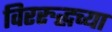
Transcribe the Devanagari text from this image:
विररुद्धच्या